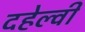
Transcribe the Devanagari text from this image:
दहेल्‍वी